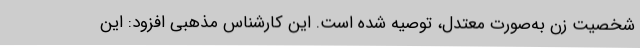
شخصیت زن به‌صورت معتدل، توصیه شده است. این کارشناس مذهبی افزود: این